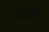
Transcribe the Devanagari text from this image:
हाईट्रोन